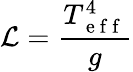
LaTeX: \mathcal{L}=\frac{T_{\mathrm{~e~f~f~}}^{4}}{g}